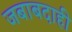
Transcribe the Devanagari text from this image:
जबाबदाही